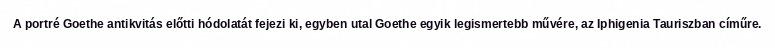
A portré Goethe antikvitás előtti hódolatát fejezi ki, egyben utal Goethe egyik legismertebb művére, az Iphigenia Tauriszban címűre.